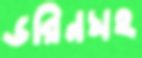
ডরিনসহ